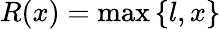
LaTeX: R(x)=\operatorname*{max}\left\{ l,x\right\}